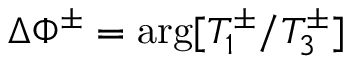
\Delta \Phi ^ { \pm } = \arg [ T _ { 1 } ^ { \pm } / T _ { 3 } ^ { \pm } ]